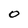
Character: 0